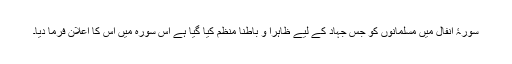
سورۂ انفال میں مسلمانوں کو جس جہاد کے لیے ظاہراً و باطناً منظم کیا گیا ہے اس سورہ میں اس کا اعلان فرما دیا۔